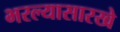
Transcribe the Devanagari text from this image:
भरल्यासारखे